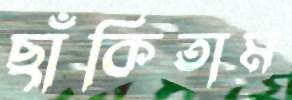
ছাঁকিতাম